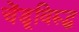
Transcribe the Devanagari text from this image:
चेंडूविरूद्ध